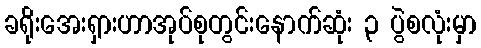
ခရိုးအေးရှားဟာအုပ်စုတွင်းနောက်ဆုံး ၃ ပွဲစလုံးမှာ